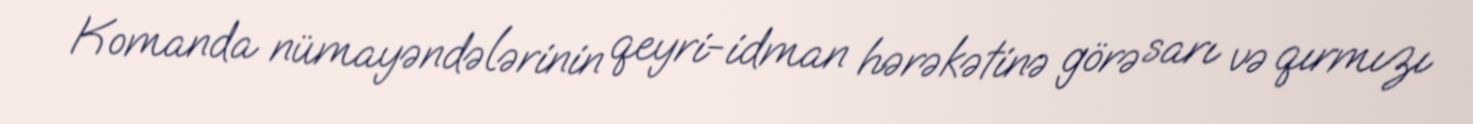
Komanda nümayəndələrinin qeyri-idman hərəkətinə görə sarı və qırmızı